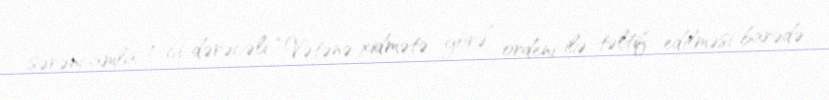
sərəncamla 1-ci dərəcəli “Vətənə xidmətə görə” ordeni ilə təltif edilməsi barədə